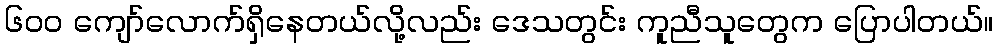
၆၀၀ ကျော်လောက်ရှိနေတယ်လို့လည်း ဒေသတွင်း ကူညီသူတွေက ပြောပါတယ်။